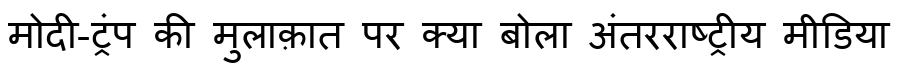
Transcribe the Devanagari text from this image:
मोदी-ट्रंप की मुलाक़ात पर क्या बोला अंतरराष्ट्रीय मीडिया